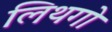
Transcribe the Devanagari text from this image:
लिथगो